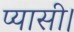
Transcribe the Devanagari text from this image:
प्यासी।